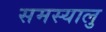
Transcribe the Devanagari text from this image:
समस्यालु